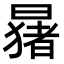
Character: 𬁑